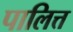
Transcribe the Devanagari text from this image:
पालित्त